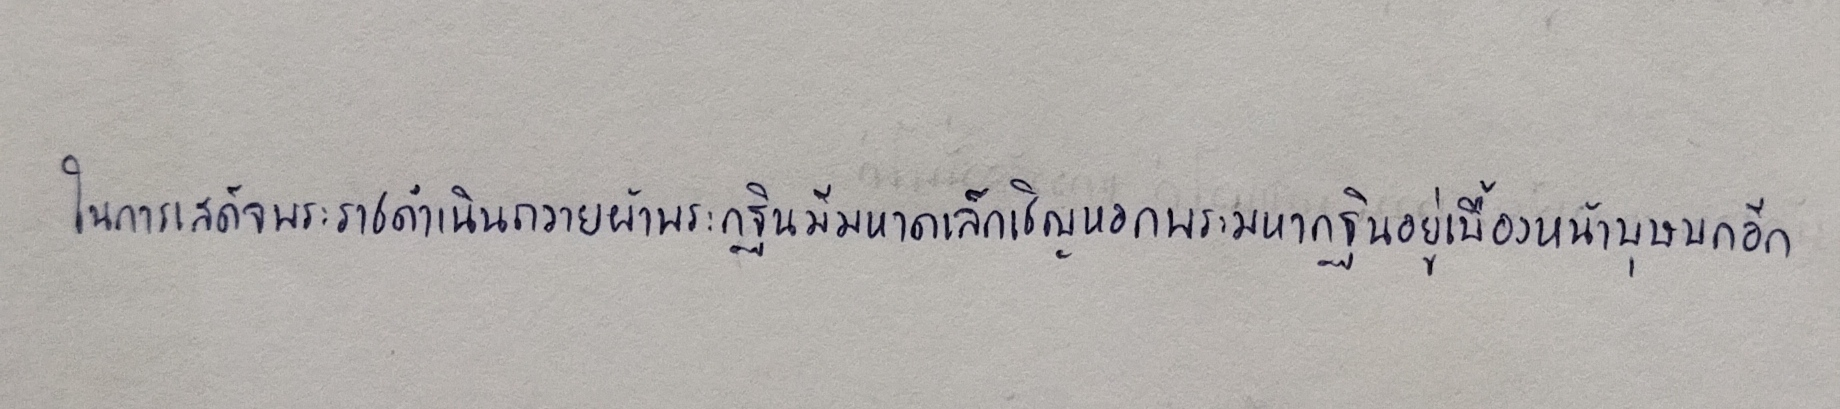
ในการเสด็จพระราชดำเนินถวายผ้าพระกฐินมีมหาดเล็กเชิญหอกพระมหากฐินอยู่เบื้องหน้าบุษบกอีก